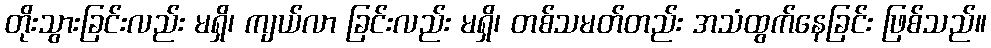
တိုးသွားခြင်းလည်း မရှိ၊ ကျယ်လာ ခြင်းလည်း မရှိ၊ တစ်သမတ်တည်း အသံထွက်နေခြင်း ဖြစ်သည်။